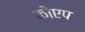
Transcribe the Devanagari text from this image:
कोएप